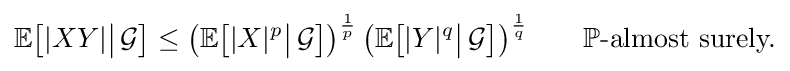
\mathbb {E} {\bigl [}|XY|{\big |}\,{\mathcal {G}}{\bigr ]}\leq {\bigl (}\mathbb {E} {\bigl [}|X|^{p}{\big |}\,{\mathcal {G}}{\bigr ]}{\bigr )}^{\frac {1}{p}}\,{\bigl (}\mathbb {E} {\bigl [}|Y|^{q}{\big |}\,{\mathcal {G}}{\bigr ]}{\bigr )}^{\frac {1}{q}}\qquad \mathbb {P} {\text{-almost surely.}}